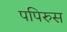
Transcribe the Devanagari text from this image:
पपिरुस